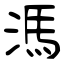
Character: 溤